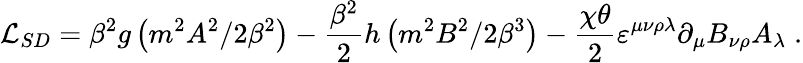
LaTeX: {\mathcal{L}_{SD}}=\beta^{2}g\left(m^{2}A^{2}/2\beta^{2}\right)-\frac{\beta^{2}}2h\left(m^{2}B^{2}/2\beta^{3}\right)-\frac{\chi\theta}{2}\varepsilon^{\mu\nu\rho\lambda}\partial_{\mu}B_{\nu\rho}A_{\lambda}\; .